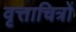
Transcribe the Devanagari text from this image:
वृत्ताचित्रों